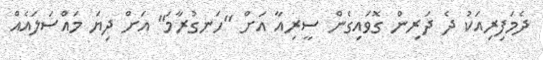
ދެމަފިރިއަކު ދެ ދަރިން ގޮވައިގެން ސީރިއާ އަށް "ހަނގުރާމަ" އަށް ދިޔަ މައްސަލައެއް